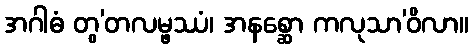
အဂါဓံ တွ’တလမ္ဖဿံ၊ အနစ္ဆော ကလုသာ’ဝိလာ။